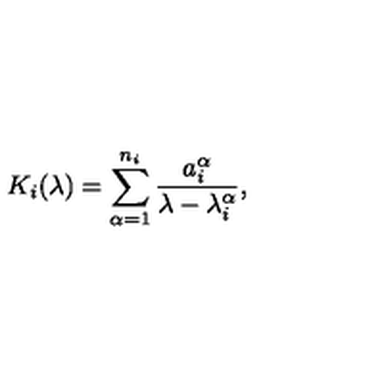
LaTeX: K _ { i } ( \lambda ) = \sum _ { \alpha = 1 } ^ { n _ { i } } \frac { a _ { i } ^ { \alpha } } { \lambda - \lambda _ { i } ^ { \alpha } } ,